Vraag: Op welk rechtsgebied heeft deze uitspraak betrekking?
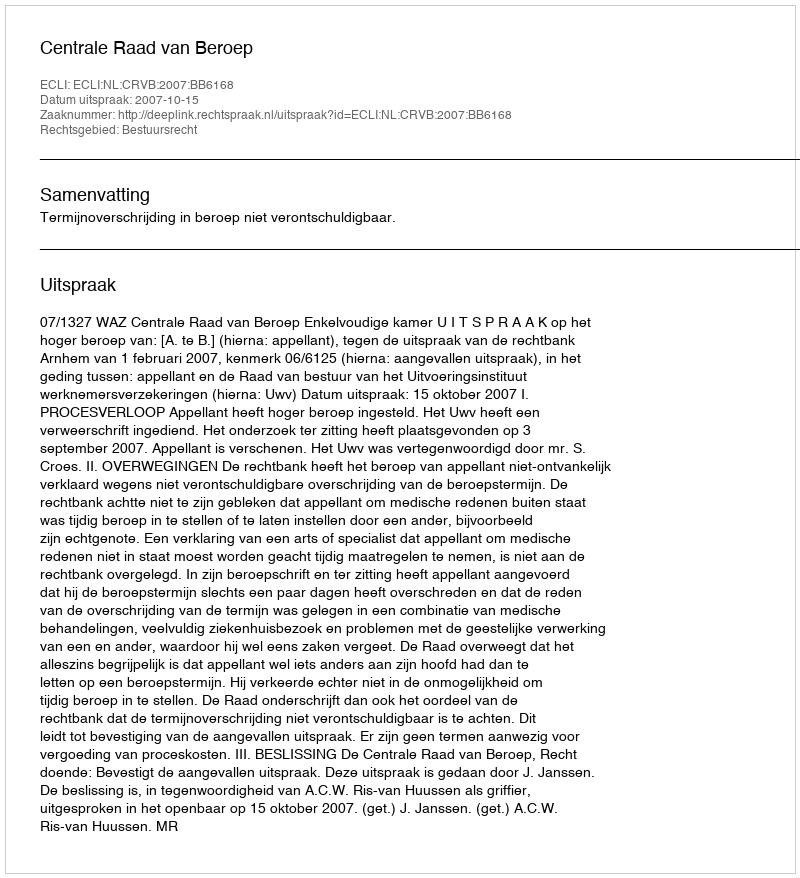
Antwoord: Bestuursrecht